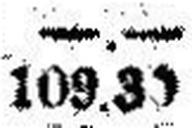
109.30